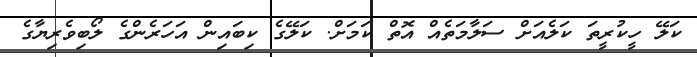
ކަލޭ ހީކުރީތަ ކަލެއަށް ސަލާމަތެއް އޮތް ކަމަށް. ކަލޭގެ ކިބައިން އަހަރެންގެ ލޯބިވެރިޔާގެ